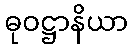
ဓုဝဋ္ဌာနိယာ